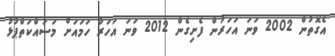
އެގޮތުން 2002 ވަނަ އަހަރުން ފެށިގެން 2012 ވަނަ އަހަރާ ހަމައަށް މަސައްކަތްޕުޅު